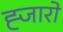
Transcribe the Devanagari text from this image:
ह्जारो